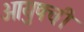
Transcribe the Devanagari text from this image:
आयुषची